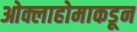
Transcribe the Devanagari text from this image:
ओक्लाहोमाकडून